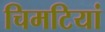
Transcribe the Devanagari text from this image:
चिमटियां